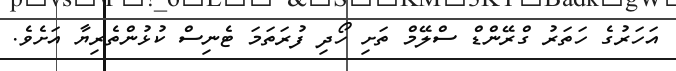
އަހަރުގެ ހަތަރު ގްރޭންޑް ސްލޭމް ތަށި ހޯދި ފުރަތަމަ ޓެނިސް ކުޅުންތެރިޔާ އަށެވެ.